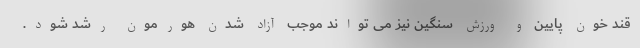
قند خون پایین و ورزش سنگین نیز می تواند موجب آزاد شدن هورمون رشد شود.